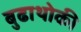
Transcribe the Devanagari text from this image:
बुढाथोकी